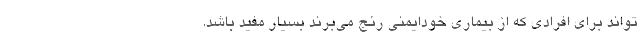
‌تواند برای افرادی که از بیماری خودایمنی رنج می‌برند بسیار مفید باشد.